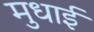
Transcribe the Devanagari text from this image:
मुधाई